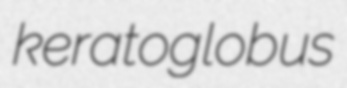
keratoglobus